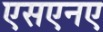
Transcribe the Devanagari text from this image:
एसएनए